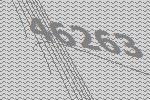
46263